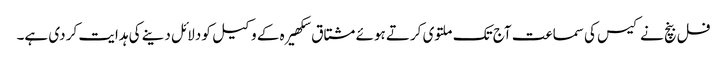
فل بنچ نے کیس کی سماعت آج تک ملتوی کرتے ہوئے مشتاق سکھیرہ کے وکیل کو دلائل دینے کی ہدایت کر دی ہے۔